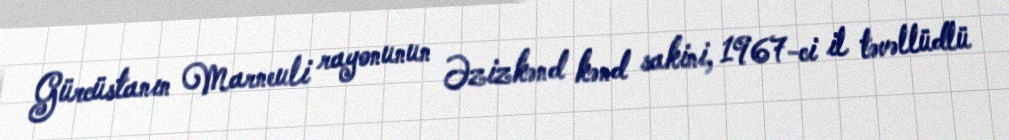
Gürcüstanın Marneuli rayonunun Əzizkənd kənd sakini, 1967-ci il təvəllüdlü